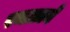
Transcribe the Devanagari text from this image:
रमज़्ज़ने